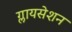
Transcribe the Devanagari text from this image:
ग्लायसेशन